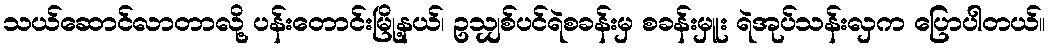
သယ်ဆောင်လာတာလို့ ပန်းတောင်းမြို့နယ်၊ ဥသျှစ်ပင်ရဲစခန်းမှ စခန်းမှူး ရဲအုပ်သန်းလှက ပြောပါတယ်။